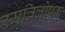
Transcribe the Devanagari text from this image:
स्मृतिलोपक